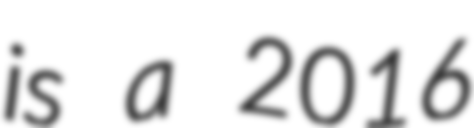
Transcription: is a 2016